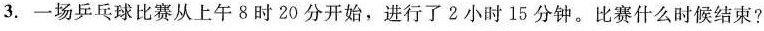
3.一场乒乓球比赛从上午8时20分开始，进行了2小时15分钟。比赛什么时候结束?